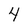
Character: 4